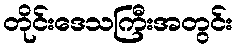
တိုင်းဒေသကြီးအတွင်း